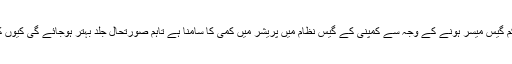
ایس ایس جی سی کے ترجمان کا کہنا تھا کہ معمول سے کم گیس میسر ہونے کے وجہ سے کمپنی کے گیس نظام میں پریشر میں کمی کا سامنا ہے تاہم صورتحال جلد بہتر ہوجائے گی کیوں کہ پائپ لائن میں محفوظ گیس کے حجم میں اضافہ ہوا ہے۔